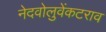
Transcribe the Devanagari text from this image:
नेदवोलुवेंकटराव